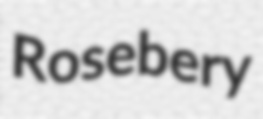
Rosebery